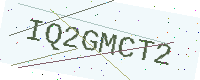
Text: IQ2GMCT2